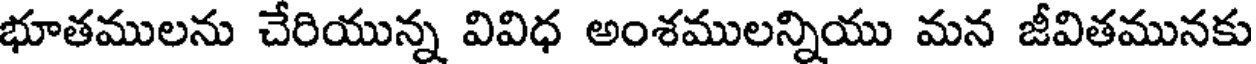
భూతములను చేరియున్న వివిధ అంశములన్నియు మన జీవితమునకు